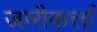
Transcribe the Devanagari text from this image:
जारीकर्त्ता